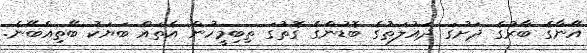
އޭނާގެ ބާރުގެ ދަށުގަ ދައުލަތުގެ ބޮޑުންގެ ގޮތުގަ ތިބިމީހުން އެތައް ބަޔަކު ބޭތިއްބޭނެ.